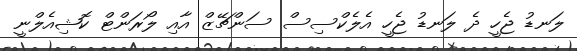
ލަނޑު ޖެހީ ދެ ލަނޑު ޖެހީ އެލެކްސިސް ސަންޗޭޒް އާއި ލޯރަންޓް ކޮޝިއެލްނީ